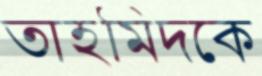
তাহমিদকে